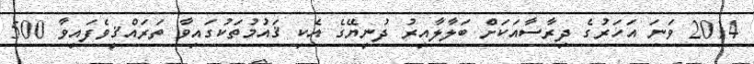
2014 ވަނަ އަހަރުގެ ދިރާސާއަކަށް ބަލާލާއިރު ދުނިޔޭގެ އެކި ޤައުމުތަކުގައިވާ ތަރައްޤީވެފައިވާ 500